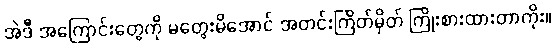
အဲဒီ အကြောင်းတွေကို မတွေးမိအောင် အတင်းကြိတ်မှိတ် ကြိုးစားထားတာကိုး။